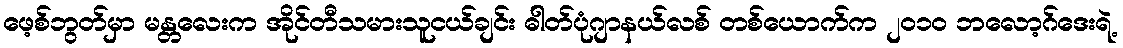
ဖေ့စ်ဘွတ်မှာ မန္တလေးက အိုင်တီသမားသူငယ်ချင်း ဓါတ်ပုံဂျာနယ်လစ် တစ်ယောက်က ၂၀၁၀ ဘလော့ဂ်ဒေးရဲ့